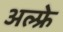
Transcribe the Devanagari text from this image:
अल्फ्रे